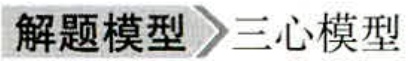
解题模型\rightarrow三心模型